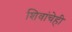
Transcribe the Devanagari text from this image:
शिवांचेही